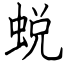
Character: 蜕